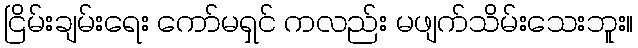
ငြိမ်းချမ်းရေး ကော်မရှင် ကလည်း မဖျက်သိမ်းသေးဘူး။